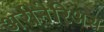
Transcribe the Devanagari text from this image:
अरीनेरिअस